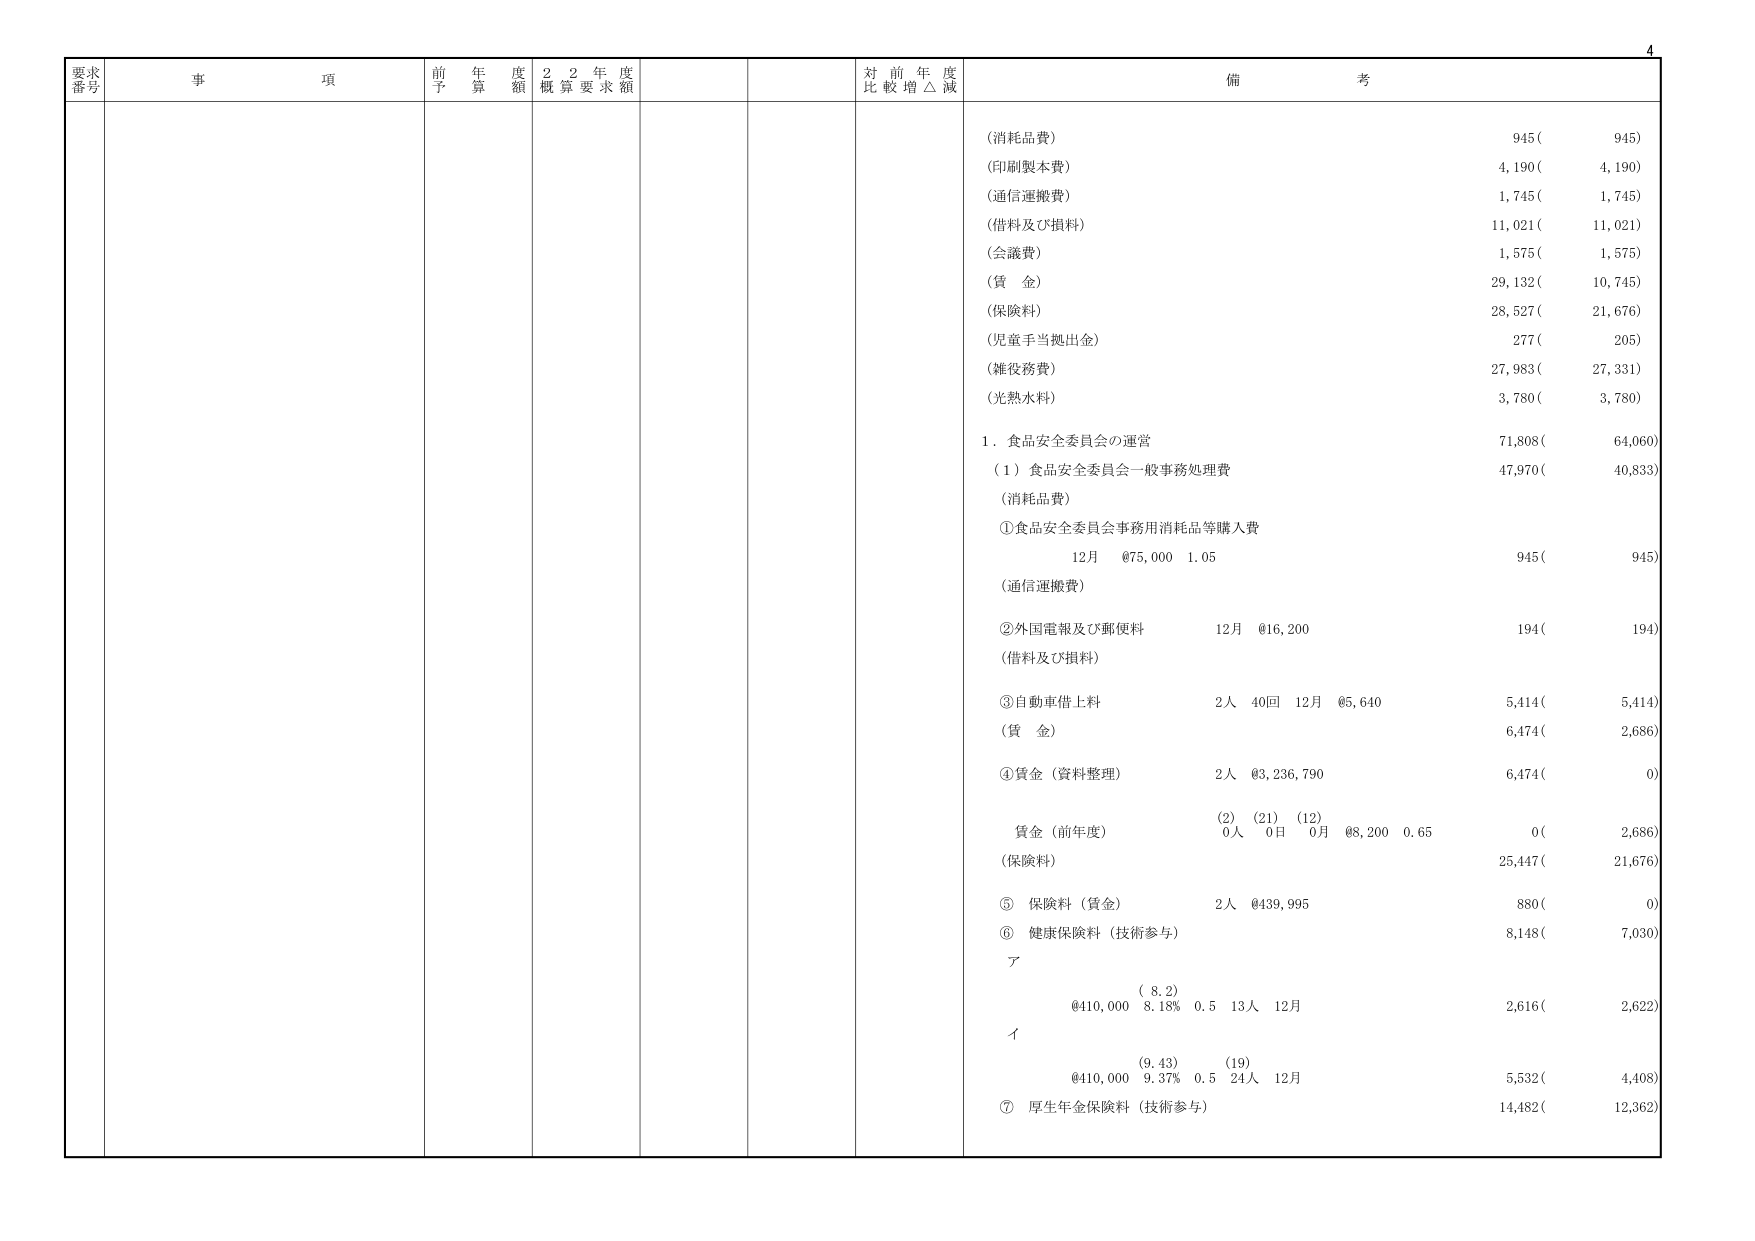
要求番号 事項 前年度予算額 22年度概算要求額 対前年度比較増△減 備考
(消耗品費) 945( 945)
(印刷製本費) 4,190( 4,190)
(通信運搬費) 1,745( 1,745)
(借料及び損料) 11,021( 11,021)
(会議費) 1,575( 1,575)
(賃金) 29,132( 10,745)
(保険料) 28,527( 21,676)
(児童手当拠出金) 277( 205)
(雑役務費) 27,983( 27,331)
(光熱水料) 3,780( 3,780)
1. 食品安全委員会の運営 71,808( 64,060)
(1) 食品安全委員会一般事務処理費 47,970( 40,833)
(消耗品費)
①食品安全委員会事務用消耗品等購入費
12月 @75,000 1.05 945( 945)
(通信運搬費)
②外国電報及び郵便料 12月 @16,200 194( 194)
(借料及び損料)
③自動車借上料 2人 40回 12月 @5,640 5,414( 5,414)
(賃金) 6,474( 2,686)
④賃金（資料整理） 2人 @3,236,790 6,474( 0)
賃金（前年度） (2) (21) (12) 0人 0日 0月 @8,200 0.65 0( 2,686)
(保険料) 25,447( 21,676)
⑤ 保険料（賃金） 2人 @439,995 880( 0)
⑥ 健康保険料（技術参与） 8,148( 7,030)
ア
(8.2) @410,000 8.18% 0.5 13人 12月 2,616( 2,622)
イ
(9.43) (19) @410,000 9.37% 0.5 24人 12月 5,532( 4,408)
⑦ 厚生年金保険料（技術参与） 14,482( 12,362)